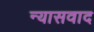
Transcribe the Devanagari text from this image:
न्यासवाद